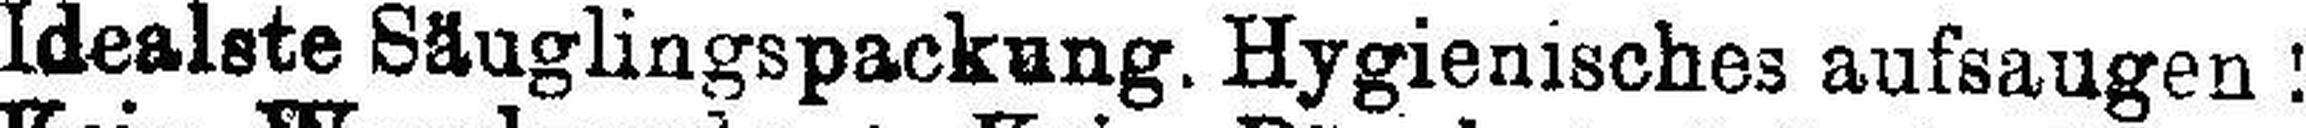
Idealste Säuglingspackung. Hygienisches aufsaugen!